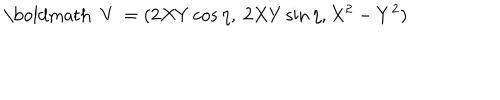
LaTeX: { \mathrm { \boldmath ~ V ~ } } = ( 2 X Y \cos \eta , \ 2 X Y \sin \eta , X ^ { 2 } - Y ^ { 2 } )